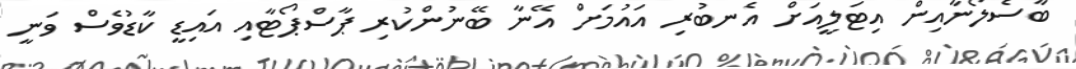
ބާސެލޯނާއިން އިޓަލީއަށް އެނބުރި އައުމަށް އޭނާ ބޭނުންކުރި ޕާސްޕޯޓާއި އައިޑީ ކާޑުވެސް ވަނީ